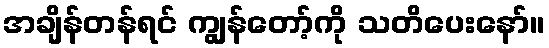
အချိန်တန်ရင် ကျွန်တော့်ကို သတိပေးနော်။